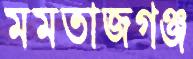
মমতাজগঞ্জ